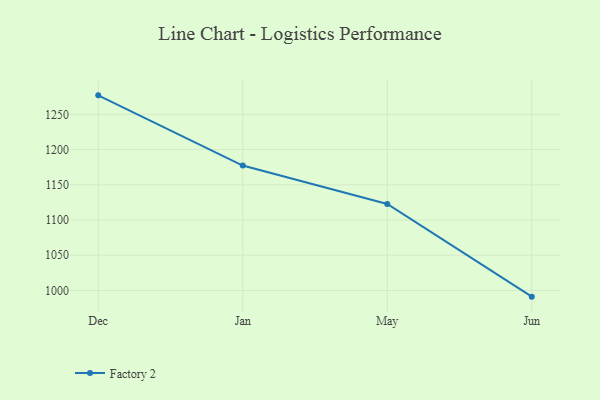
{"axis": {"x": "Month", "y": "Temperature (°C)"}, "legend": ["Factory 2"], "data": [{"x": "Dec", "y": 1277.0, "type": "Factory 2"}, {"x": "Jan", "y": 1177.3, "type": "Factory 2"}, {"x": "May", "y": 1122.8, "type": "Factory 2"}, {"x": "Jun", "y": 991.2, "type": "Factory 2"}]}